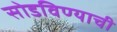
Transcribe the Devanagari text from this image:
सोडविण्याची